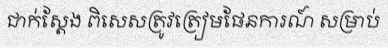
ជាក់ស្តែង ពិសេសត្រូវត្រៀមផែនការណ៍ សម្រាប់